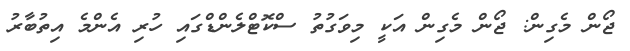
ޖޯން މެގިން: ޖޯން މެގިން އަކީ މިވަގުތު ސްކޮޓްލެންޑްގައި ހުރި އެންމެ އިތުބާރު